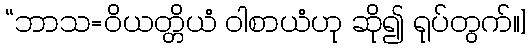
“ဘာသ=ဝိယတ္တိယံ ဝါစာယံဟု ဆို၍ ရုပ်တွက်။]